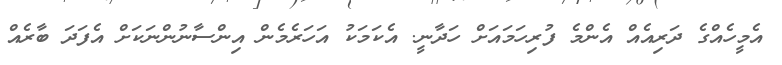
އެމީހެއްގެ ދަރިއެއް އެންމެ ފުރިހަމައަށް ހަދާނީ. އެކަމަކު އަހަރެމެން އިންސާނުންނަކަށް އެފަދަ ބާރެއް